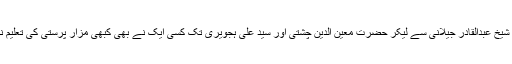
حضرت شیخ عبدالقادر جیلانی سے لیکر حضرت معین الدین چشتی اور سید علی ہجویری تک کسی ایک نے بھی کبھی مزار پرستی کی تعلیم نہیں دی ۔